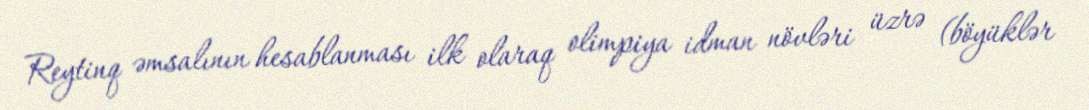
Reytinq əmsalının hesablanması ilk olaraq olimpiya idman növləri üzrə (böyüklər